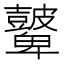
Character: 𥀷